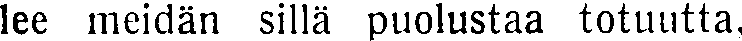
lee meidän sillä puolustaa totuutta,